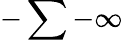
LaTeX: -\sum-\infty